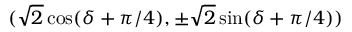
( \sqrt { 2 } \cos ( \delta + \pi / 4 ) , \pm \sqrt { 2 } \sin ( \delta + \pi / 4 ) )